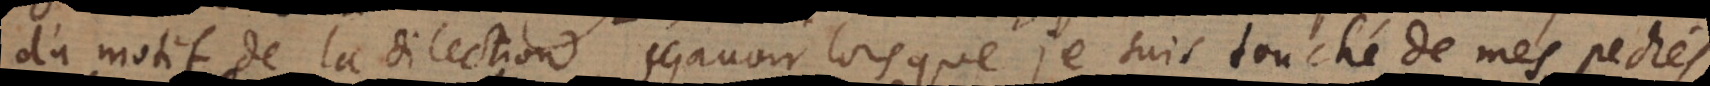
du motif de la dilection, sçavoir lorsque je suis touché de mes pechés